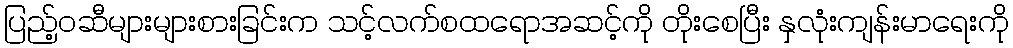
ပြည့်ဝဆီများများစားခြင်းက သင့်လက်စထရောအဆင့်ကို တိုးစေပြီး နှလုံးကျန်းမာရေးကို